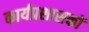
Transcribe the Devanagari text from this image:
कार्यप्रशासकों